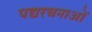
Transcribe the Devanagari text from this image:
पद्यरचनाओं